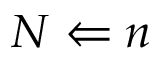
N \Leftarrow n